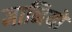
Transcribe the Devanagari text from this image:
मानियो